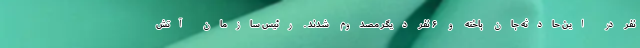
نفر در این حادثه جان باخته و ۶ نفر دیگر مصدوم شدند . رئیس سازمان آتش